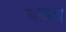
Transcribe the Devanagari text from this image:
घट्या